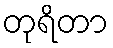
တုရိတာ